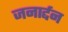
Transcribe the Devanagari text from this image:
जनार्द्दन